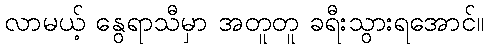
လာမယ့် နွေရာသီမှာ အတူတူ ခရီးသွားရအောင်။